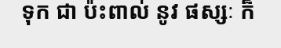
ទុក ជា ប៉ះពាល់ នូវ ផស្សៈ ក៏